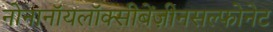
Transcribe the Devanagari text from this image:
नोनानॉयलॉक्सीबेंज़ीनसल्फोनेट